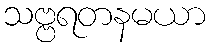
သဗ္ဗရတနမယာ